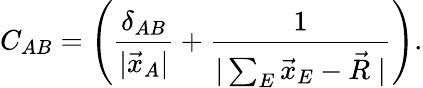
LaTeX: C_{AB}=\left(\frac{\delta_{AB}}{|\vec{x}_{A}|}+\frac{1}{|\sum_{E}\vec{x}_{E}-\vec{R}\; |}\right).